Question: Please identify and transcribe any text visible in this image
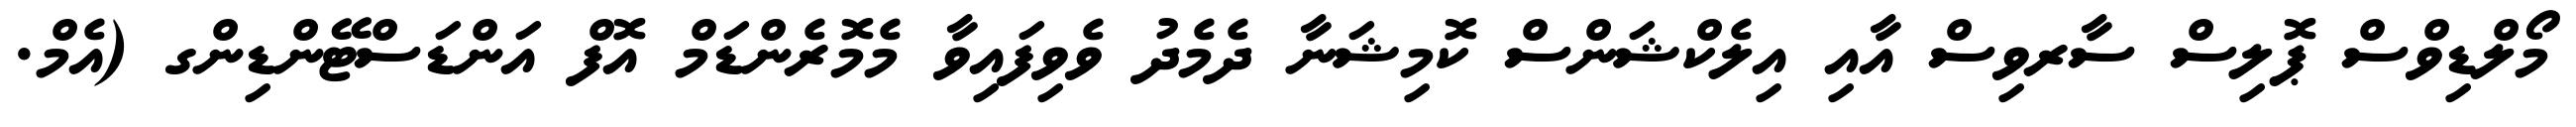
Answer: މޯލްޑިވްސް ޕޮލިސް ސާރވިސް އާއި އިލެކްޝަންސް ކޮމިޝަނާ ދެމެދު ވެވިފައިވާ މެމޮރެންޑަމް އޮފް އަންޑަސްޓޭންޑިންގ (އެމް.